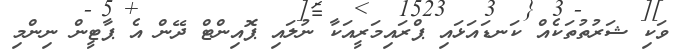
ވަކި ޝަރުތުތަކެއް ކަނޑައަޅައި ޕްރައިމަރީއަކާ ނުލައި ޕޮއިންޓް ދޭން އެ ޕާޓީން ނިންމި